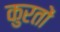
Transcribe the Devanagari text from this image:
कुरतों